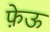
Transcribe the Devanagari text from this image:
फ़ेऊ